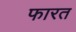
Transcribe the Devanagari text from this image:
फारत